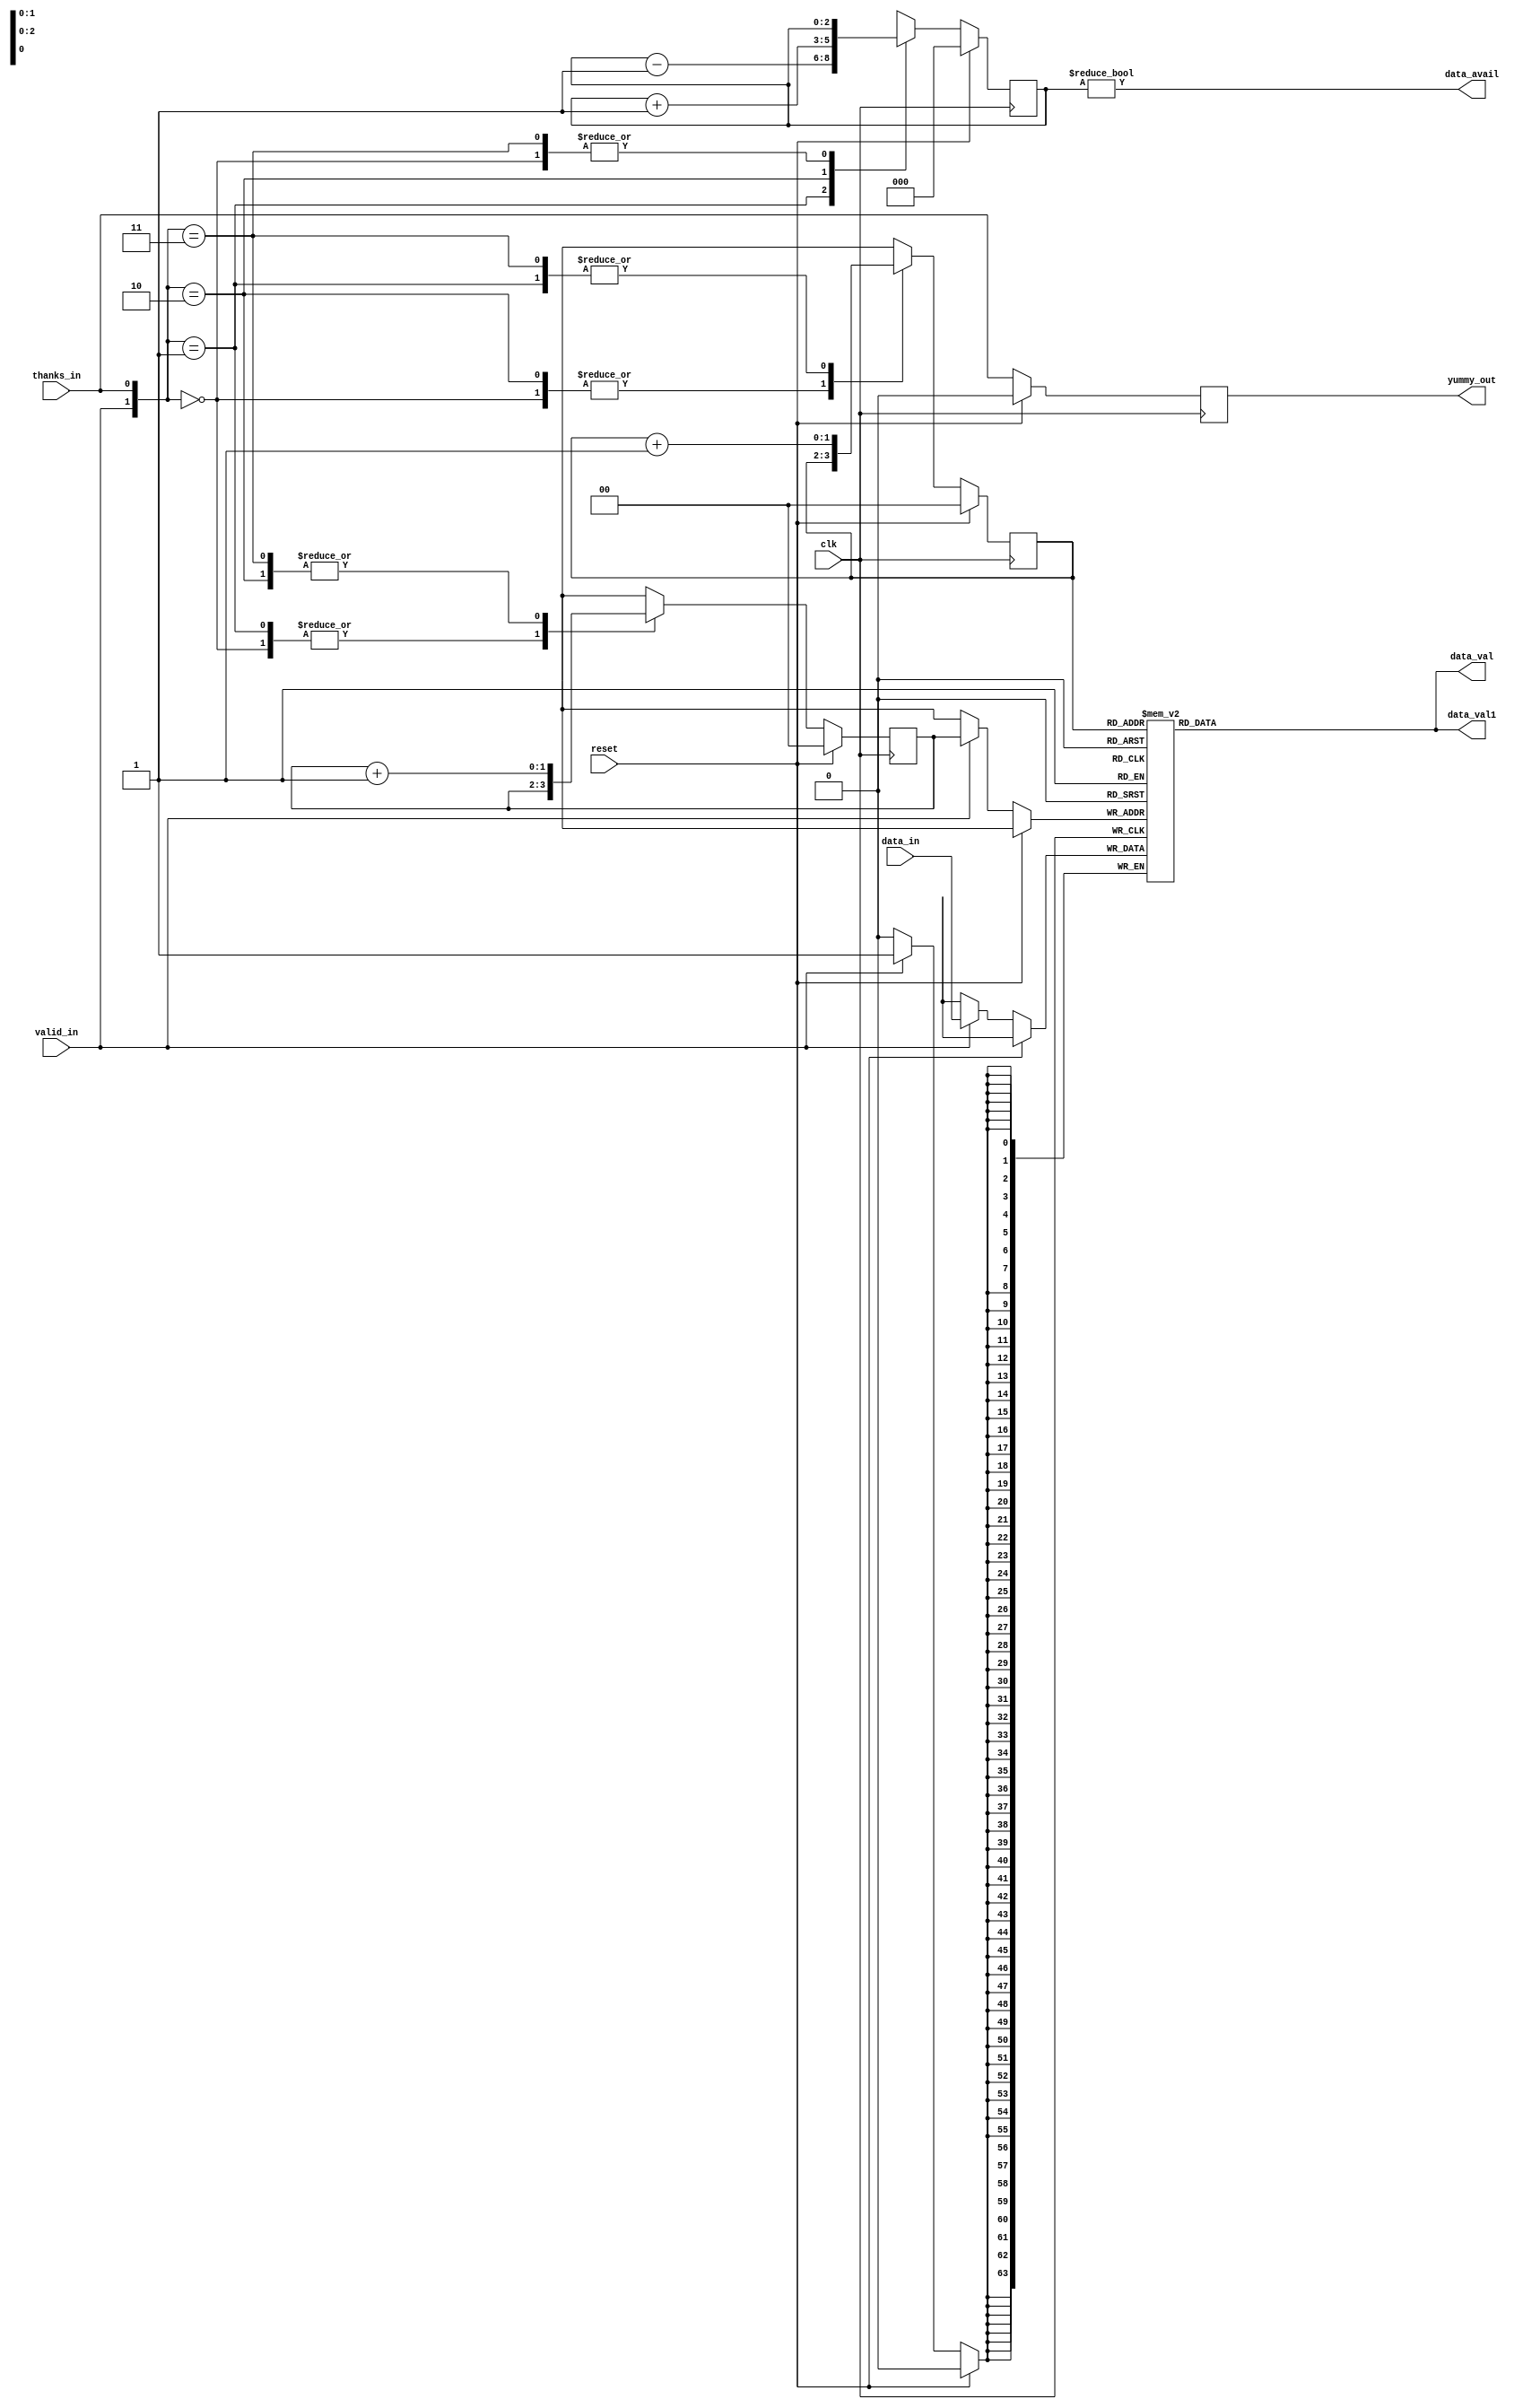
module network_input_blk_multi_out
   #(parameter LOG2_NUMBER_FIFO_ELEMENTS = 2)
(
   input wire clk,
   input wire reset,
   input wire [64-1:0] data_in,
   input wire valid_in,
   input wire thanks_in,

   output wire yummy_out,
   // data_val and data_val1 are the same, this is just done for buffering to
   // convince the synthesis tool to buffer up these high fanout nets
   output wire [64-1:0] data_val,
   output wire [64-1:0] data_val1,
   output wire data_avail
);

reg [64-1:0] storage_data_f [0:(1<<LOG2_NUMBER_FIFO_ELEMENTS)-1];

reg [LOG2_NUMBER_FIFO_ELEMENTS-1:0] head_ptr_f;
reg [LOG2_NUMBER_FIFO_ELEMENTS-1:0] tail_ptr_f;
reg [LOG2_NUMBER_FIFO_ELEMENTS:0] elements_in_array_f;

reg [LOG2_NUMBER_FIFO_ELEMENTS-1:0] head_ptr_next;
reg [LOG2_NUMBER_FIFO_ELEMENTS-1:0] tail_ptr_next;
reg [LOG2_NUMBER_FIFO_ELEMENTS:0] elements_in_array_next;

reg yummy_out_f;

assign yummy_out = yummy_out_f;

// data_val and data_val1 are the same, just done for buffering
assign data_val = storage_data_f[head_ptr_f];
assign data_val1 = storage_data_f[head_ptr_f];
assign data_avail = elements_in_array_f != 0;

always @ *
begin
   head_ptr_next = head_ptr_f;
   tail_ptr_next = tail_ptr_f;
   elements_in_array_next = elements_in_array_f;
   case({valid_in,thanks_in})
      2'b00:
         begin
            // do nothing here
         end
      2'b01:
         begin
            // we are being dequeued from
            head_ptr_next = head_ptr_f + 1;
            elements_in_array_next = elements_in_array_f - 1;
         end
      2'b10:
         begin
            // we are being enqueued into
            tail_ptr_next = tail_ptr_f + 1;
            elements_in_array_next = elements_in_array_f + 1;
         end
      2'b11:
         begin
            // simultaneous enqueue and dequeue
            head_ptr_next = head_ptr_f + 1;
            tail_ptr_next = tail_ptr_f + 1;
         end
      default:
         begin
            // this is an error because this is a full parallel case statement
         end
   endcase
end

always @ (posedge clk)
begin
   if (reset)
   begin
      yummy_out_f <= 0;
      head_ptr_f <= 0;
      tail_ptr_f <= 0;
      elements_in_array_f <= 0;
   end
   else
   begin
      yummy_out_f <= thanks_in; // this is just a feed through via a flip flop
      head_ptr_f <= head_ptr_next;
      tail_ptr_f <= tail_ptr_next;
      elements_in_array_f <= elements_in_array_next;
      if(valid_in)
      begin
         storage_data_f[tail_ptr_f] <= data_in;
      end
   end
end

endmodule